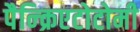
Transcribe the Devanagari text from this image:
पैन्क्रिएटोटोमी